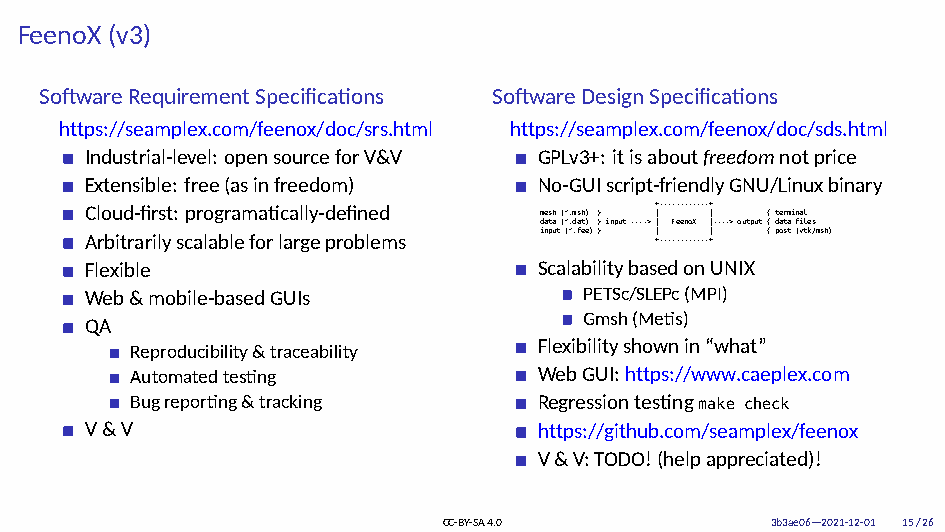
FeenoX (v3)
 SoftwareRequirementSpecifications SoftwareDesignSpecifications
 https://seamplex.com/feenox/doc/srs.html https://seamplex.com/feenox/doc/sds.html
 Industrial-level: opensourceforV&V GPLv3+: itisaboutfreedomnotprice
 Extensible: free(asinfreedom) No-GUIscript-friendlyGNU/Linuxbinary
 Cloud-first: programatically-defined m e s h ( * . m s h ) } + |- - - - - - - - - - - - + | { terminal
 data (*.dat) } input ----> | FeenoX |----> output { data files
 Arbitrarilyscalableforlargeproblems i n p u t ( * . f e e ) } | + - - - - - - - - - - - -| + { post (vtk/msh)
 Flexible                      ScalabilitybasedonUNIX
 Web&mobile-basedGUIs             PETSc/SLEPc(MPI)
 Gmsh(Metis)
 QA
 Flexibilityshownin“what”
 Reproducibility&traceability
 Automatedtesting           WebGUI:https://www.caeplex.com
 Bugreporting&tracking      Regressiontestingmake check
 V&V                           https://github.com/seamplex/feenox
 V&V:TODO!(helpappreciated)!
 CC-BY-SA4.0           3b3ae06—2021-12-01 15/26